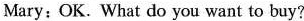
Mary:OK. What do you want to buy?